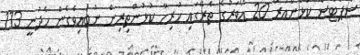
ސްޕޯޓްސް ކުޅެންއަރާ 20 އޯވަރުގެ ތެރޭގައި ހުރިހާ ކުޅުންތިރިން ނުބައިވެގެން ހެދުނީ 113